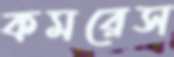
কমরেস